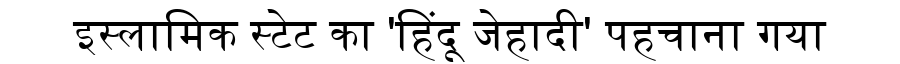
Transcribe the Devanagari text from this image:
इस्लामिक स्टेट का 'हिंदू जेहादी' पहचाना गया